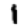
Digit: 1